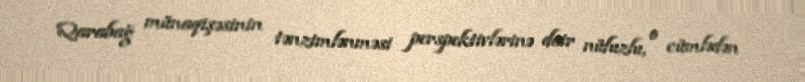
Qarabağ münaqişəsinin tənzimlənməsi perspektivlərinə dair nüfuzlu, o cümlədən